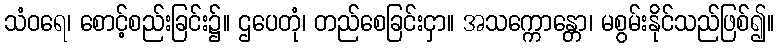
သံဝရေ၊ စောင့်စည်းခြင်း၌။ ဌပေတုံ၊ တည်စေခြင်းငှာ။ အသက္ကောန္တော၊ မစွမ်းနိုင်သည်ဖြစ်၍။